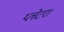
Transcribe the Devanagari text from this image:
प्लेटर।